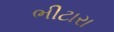
ભીટારા